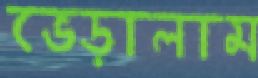
ভেড়ালাম